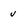
Character: u